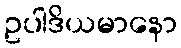
ဥပါဒိယမာနော